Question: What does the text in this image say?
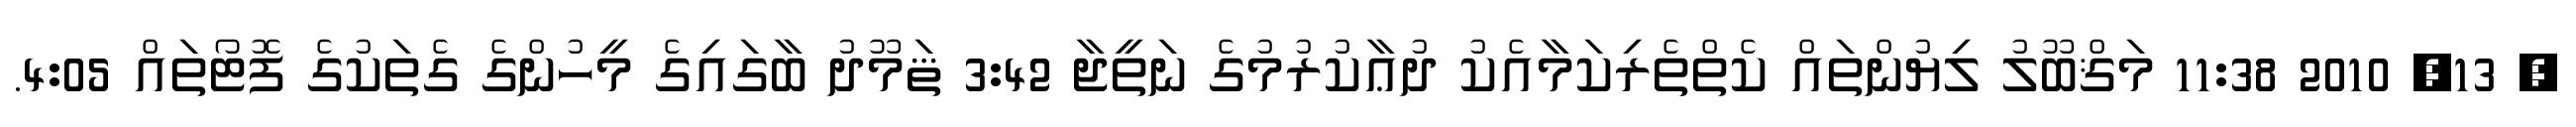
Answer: ? 13, 2010 11:38 މަޤްބޫލު ލިޔުންތައް ކެތްތެރިކަމާއެކު ދުޢާކުރުމުގެ ނަތީޖާ 3:42 ޘަމޫދު ބާގައިގެ މީހުންގެ ގެތަކުގެ ފޮޓޯތައް 4:05.